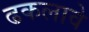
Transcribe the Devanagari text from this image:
ढकलावे